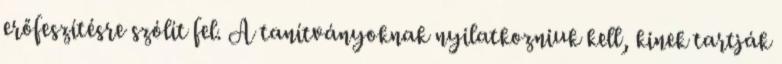
erőfeszítésre szólít fel. A tanítványoknak nyilatkozniuk kell, kinek tartják